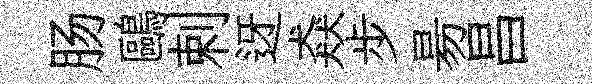
肠鷗剌迓猋步昜昌